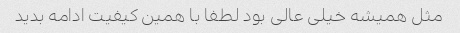
مثل همیشه خیلی عالی بود لطفا با همین کیفیت ادامه بدید